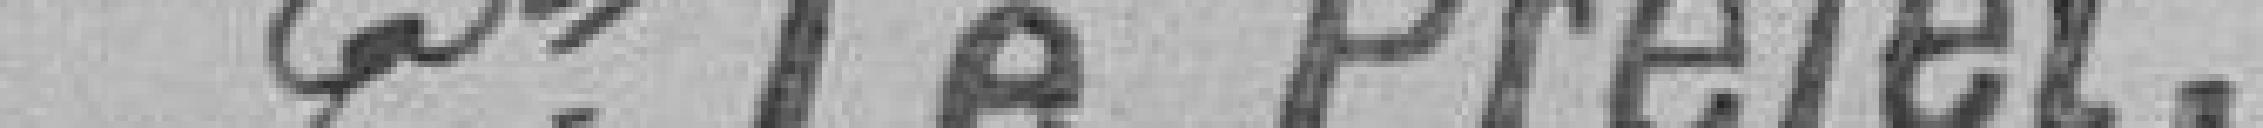
Pr Le préfet,